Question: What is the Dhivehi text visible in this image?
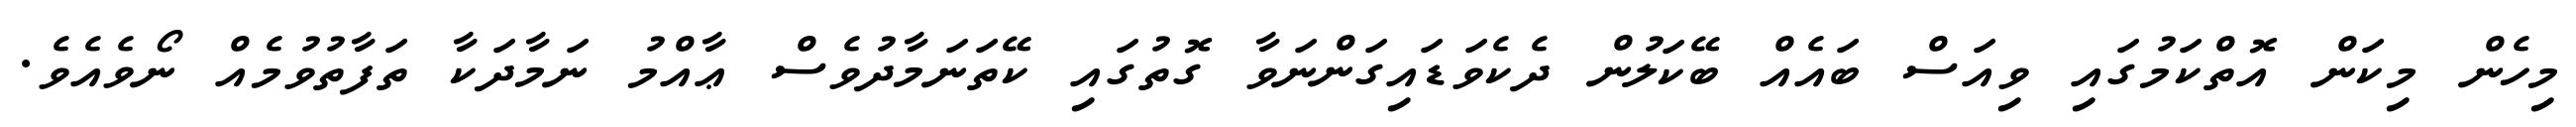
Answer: މިހެން މިކަން އޮތްކަމުގައި ވިއަސް ބައެއް ބޭކަލުން ދެކެވަޑައިގަންނަވާ ގޮތުގައި ކޭތަނަމާދުވެސް ޢާއްމު ނަމާދަކާ ތަފާތުވުމެއް ނޯވެއެވެ.